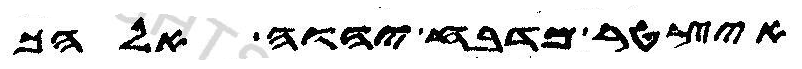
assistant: איצטר מדבח יהוה אלהך